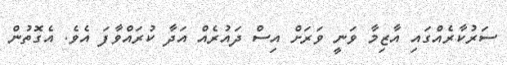
ސަރުކާރެއްގައި އާޒިމާ ވަނީ ވަރަށް އިސް ދައުރެއް އަދާ ކުރައްވާފަ އެވެ. އެގޮތުން